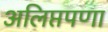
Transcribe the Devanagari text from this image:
अलिप्तपणा